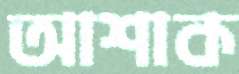
আশাক